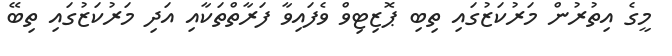
މީގެ އިތުރުން މަރުކަޒުގައި ތިބި ޕޮޒިޓިވް ވެފައިވާ ފަރާތްތަކާއި އަދި މަރުކަޒުގައި ތިބޭ